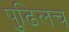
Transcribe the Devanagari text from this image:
पुढिलच